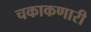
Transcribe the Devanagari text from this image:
चकाकणारी